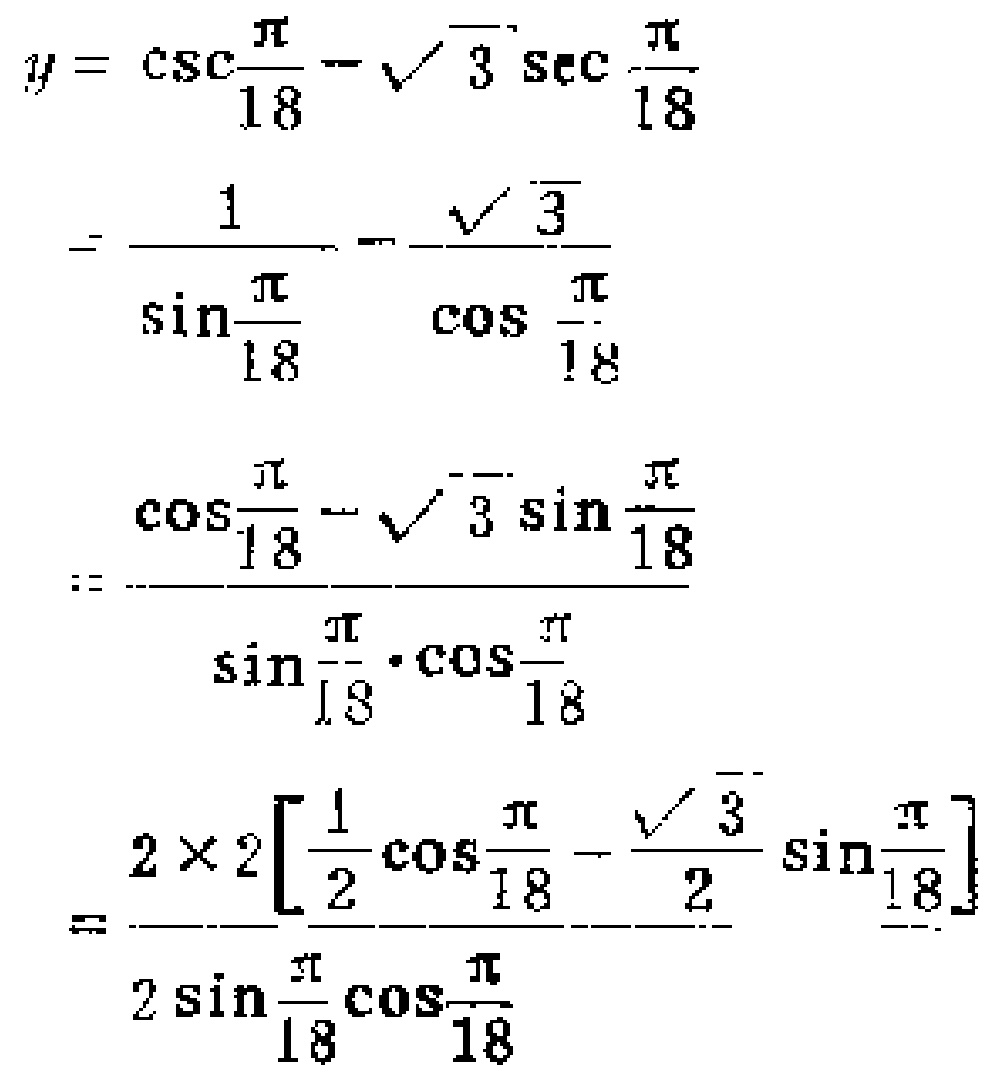
\[

\begin{align*}

y&=\csc\frac{\pi}{18}-\sqrt{3}\sec\frac{\pi}{18}\\

&=\frac{1}{\sin\frac{\pi}{18}}-\frac{\sqrt{3}}{\cos\frac{\pi}{18}}\\

&=\frac{\cos\frac{\pi}{18}-\sqrt{3}\sin\frac{\pi}{18}}{\sin\frac{\pi}{18}\cdot\cos\frac{\pi}{18}}\\

&=\frac{2\times 2\left[\frac{1}{2}\cos\frac{\pi}{18}-\frac{\sqrt{3}}{2}\sin\frac{\pi}{18}\right]}{2\sin\frac{\pi}{18}\cos\frac{\pi}{18}}

\end{align*}

\]